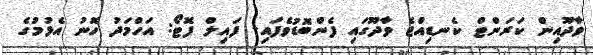
ވާދޫއިން ކަރަންޓް ކެނޑިއްޖެ ވާދޫގައި ފެންބޮޑުވެފައި- ފައިލް ފޮޓޯ: އަހްމަދު ހޮނު އެޅުމުގެ